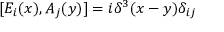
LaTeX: [ E _ { i } ( x ) , A _ { j } ( y ) ] = i \delta ^ { 3 } ( x - y ) \delta _ { i j }